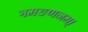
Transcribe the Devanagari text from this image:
ञमङणनम्।